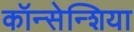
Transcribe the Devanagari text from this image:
कॉन्सेन्शिया